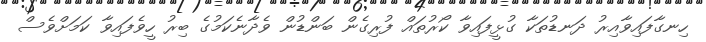
ހިނގާފައިވާއިރު ދަނޑުތަކާ ގުޅީފައިވާ ކޯރުތައް ފުރިގެން ބަންޑުން ވެދާނެކަމުގެ ބިރު ހީވެފައިވާ ކަމަށްވެސް